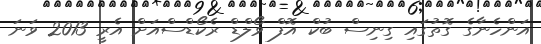
އަންހެނާގެ ގޮތުގައި ގިނިސް ބުކް އޮފް ވޯލްޑް ރެކޯޑްސްއަށް އެރީ 2013 ވަނަ